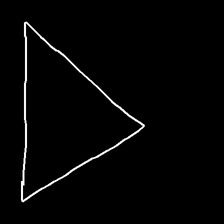
Glyph: convergence